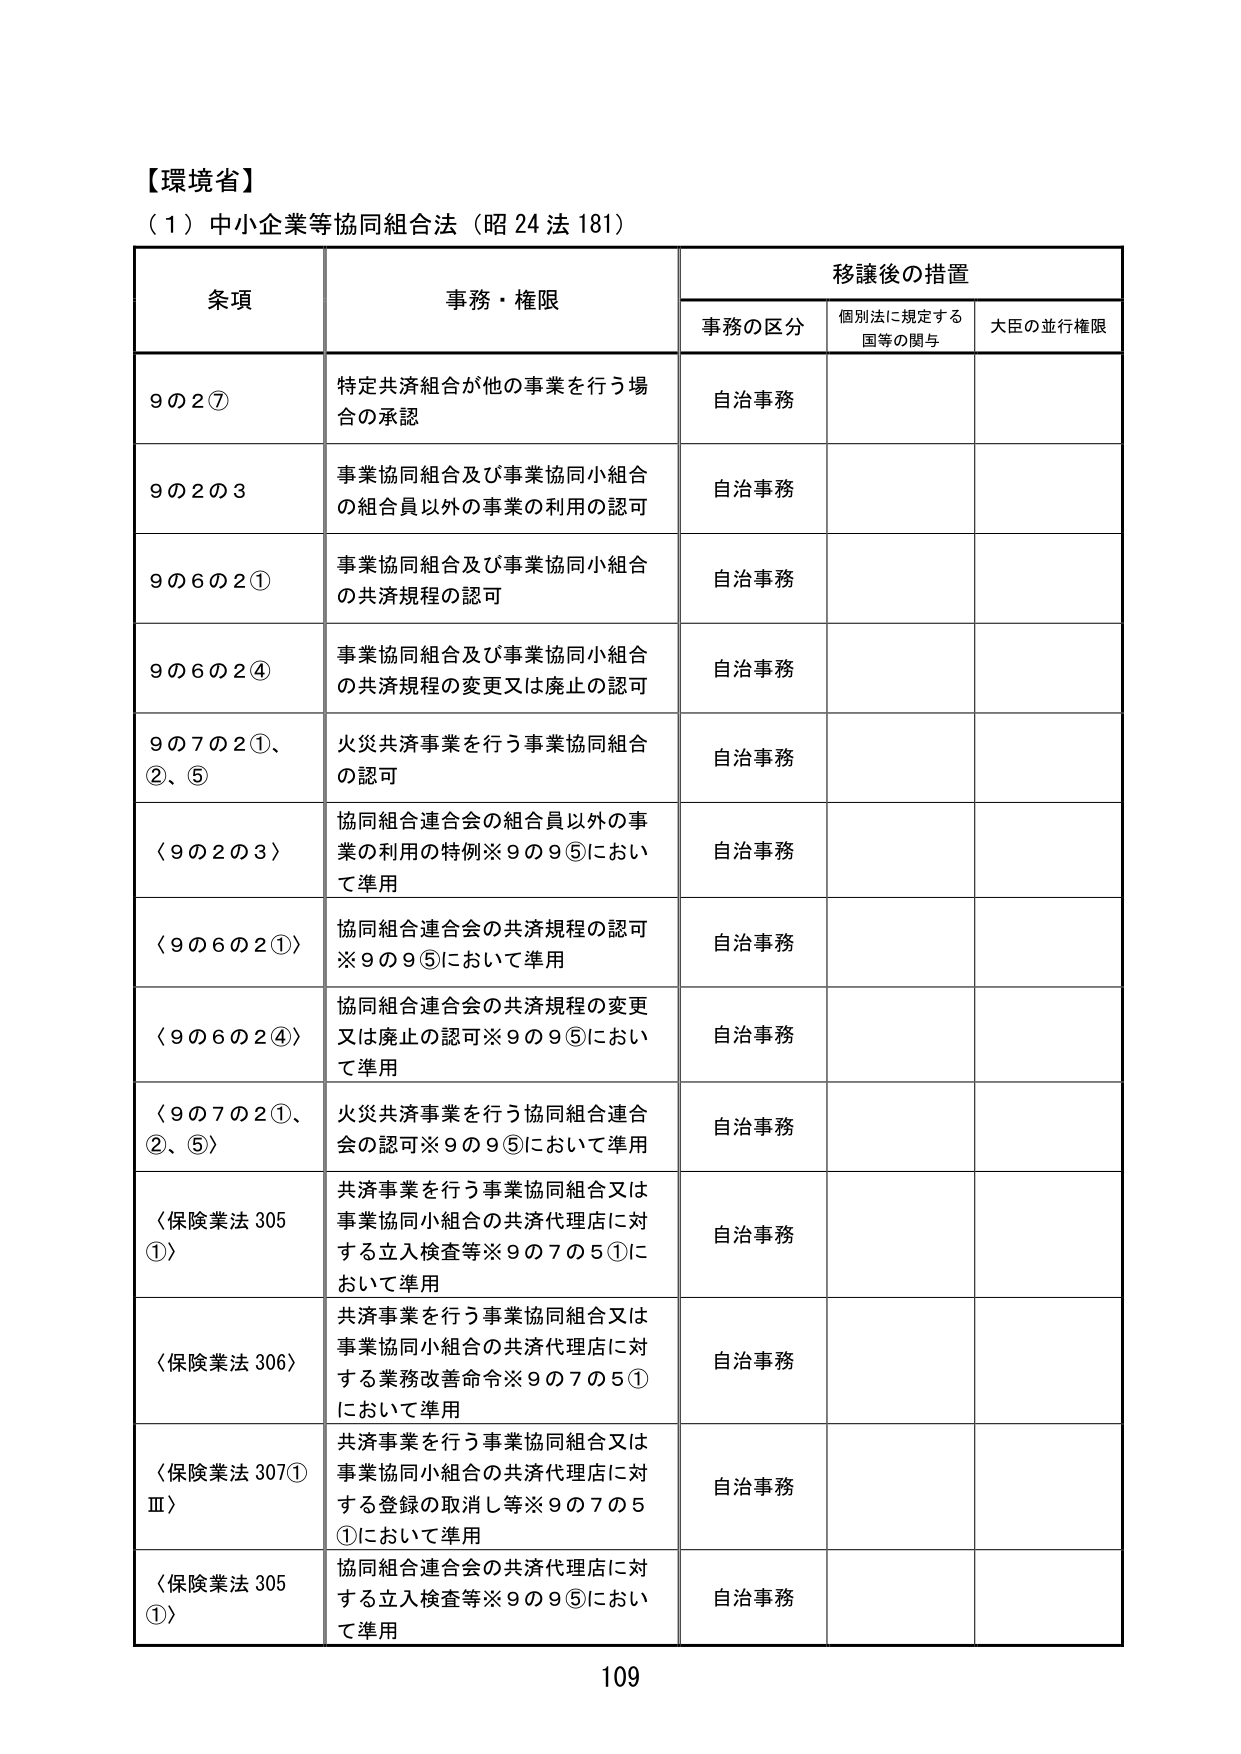
【環境省】
（1）中小企業等協同組合法（昭24法181）

条項 事務・権限 移譲後の措置
　　　　　　　　　　　事務の区分 個別法に規定する国等の関与 大臣の並行権限

9の2⑦ 特定共済組合が他の事業を行う場合の承認 自治事務

9の2の3 事業協同組合及び事業協同小組合の組合員以外の事業の利用の認可 自治事務

9の6の2① 事業協同組合及び事業協同小組合の共済規程の認可 自治事務

9の6の2④ 事業協同組合及び事業協同小組合の共済規程の変更又は廃止の認可 自治事務

9の7の2①、②、⑤ 火災共済事業を行う事業協同組合の認可 自治事務

〈9の2の3〉 協同組合連合会の組合員以外の事業の利用の特例※9の9⑤において準用 自治事務

〈9の6の2①〉 協同組合連合会の共済規程の認可※9の9⑤において準用 自治事務

〈9の6の2④〉 協同組合連合会の共済規程の変更又は廃止の認可※9の9⑤において準用 自治事務

〈9の7の2①、②、⑤〉 火災共済事業を行う協同組合連合会の認可※9の9⑤において準用 自治事務

〈保険業法305①〉 共済事業を行う事業協同組合又は事業協同小組合の共済代理店に対する立入検査等※9の7の5①において準用 自治事務

〈保険業法306〉 共済事業を行う事業協同組合又は事業協同小組合の共済代理店に対する業務改善命令※9の7の5①において準用 自治事務

〈保険業法307①Ⅲ〉 共済事業を行う事業協同組合又は事業協同小組合の共済代理店に対する登録の取消し等※9の7の5①において準用 自治事務

〈保険業法305①〉 協同組合連合会の共済代理店に対する立入検査等※9の9⑤において準用 自治事務

109